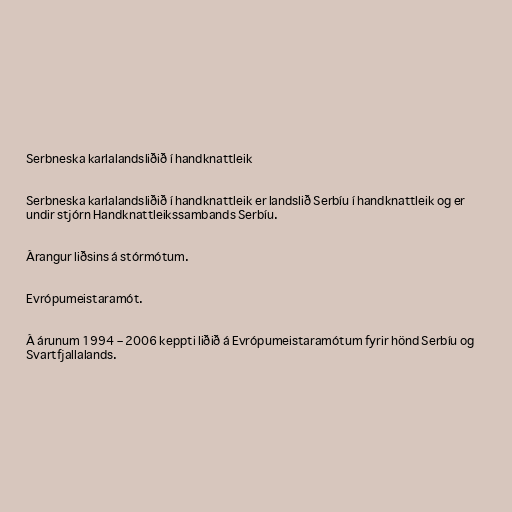
Serbneska karlalandsliðið í handknattleik

Serbneska karlalandsliðið í handknattleik er landslið Serbíu í handknattleik og er
undir stjórn Handknattleikssambands Serbíu.

Árangur liðsins á stórmótum.

Evrópumeistaramót.

Á árunum 1994 – 2006 keppti liðið á Evrópumeistaramótum fyrir hönd Serbíu og
Svartfjallalands.